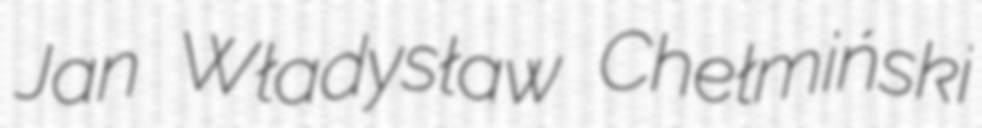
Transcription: Jan Władysław Chełmiński